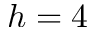
h = 4